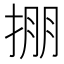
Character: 掤